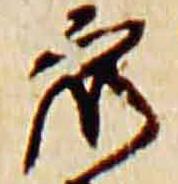
衆